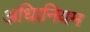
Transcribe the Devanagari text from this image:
अधिानियम